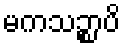
မကသဉ္စာပိ